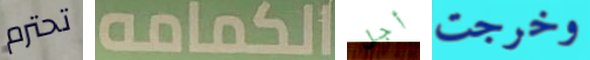
تحترم الكمامه أجل وخرجت